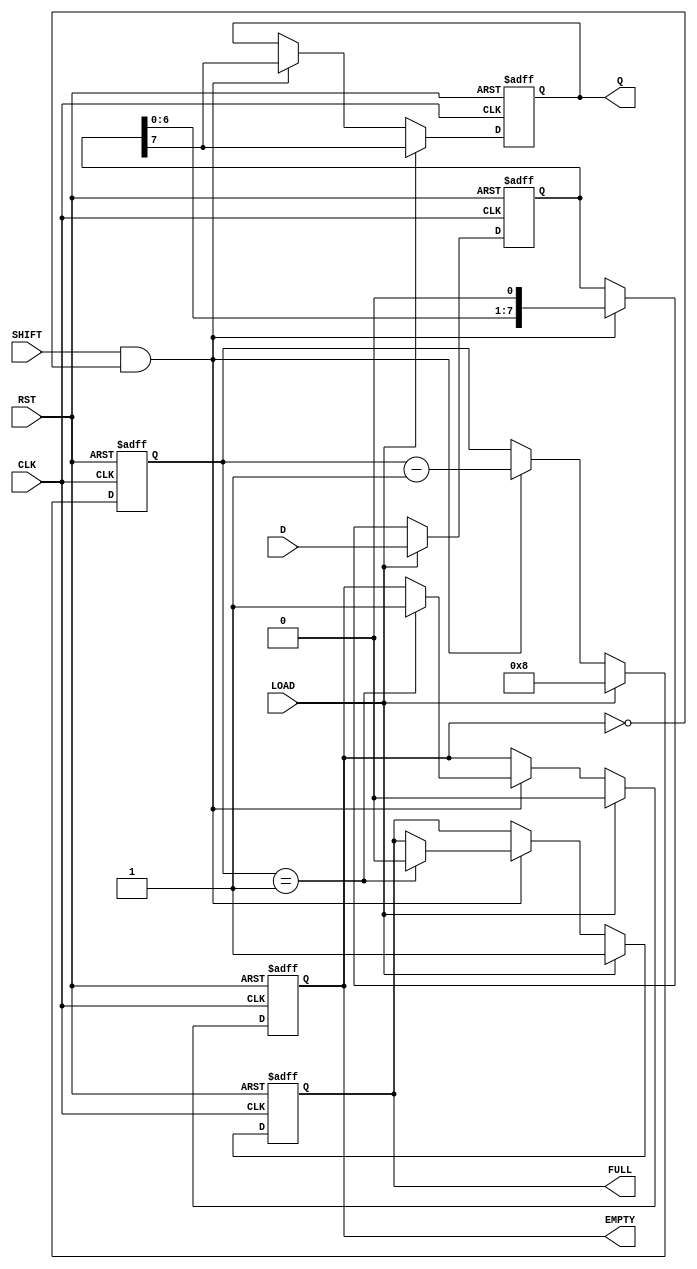
module PISO #(
    parameter N = 8  // Parameter to define the width of the parallel input
)(
    input  wire [N-1:0] D,    // Parallel data input
    input  wire LOAD,          // Load control signal
    input  wire SHIFT,         // Shift control signal
    input  wire CLK,           // Clock signal
    input  wire RST,           // Asynchronous reset signal
    output reg  Q,             // Serial output
    output reg  EMPTY,         // Empty flag
    output reg  FULL           // Full flag
);

    // Internal register to hold the input data
    reg [N-1:0] shift_reg;
    reg [3:0] count; // Counter to track the number of shifts

    // Always block for synchronous load and shift
    always @(posedge CLK or posedge RST) begin
        if (RST) begin
            shift_reg <= {N{1'b0}}; // Clear the register on reset
            Q <= 1'b0;
            EMPTY <= 1'b1; // Initially empty
            FULL <= 1'b0;  // Not full
            count <= 0;    // Reset count
        end else if (LOAD) begin
            shift_reg <= D; // Load parallel data into the shift register
            Q <= shift_reg[N-1]; // Output the MSB initially
            EMPTY <= 1'b0; // Register is now filled
            FULL <= 1'b1;  // Register is full
            count <= N;    // Set count to the width N
        end else if (SHIFT && !EMPTY) begin
            Q <= shift_reg[N-1]; // Output the MSB
            shift_reg <= {shift_reg[N-2:0], 1'b0}; // Shift right
            count <= count - 1; // Decrement the count
            if (count == 1) begin
                EMPTY <= 1'b1; // Mark as empty if no data left
                FULL <= 1'b0;  // Not full anymore
            end
        end
    end

endmodule